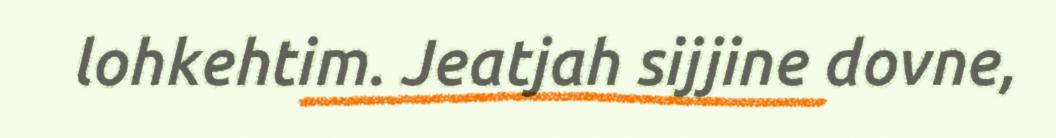
lohkehtim. Jeatjah sijjine dovne,